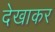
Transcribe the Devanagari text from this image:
देखाकर